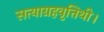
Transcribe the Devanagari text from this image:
सत्याग्रहवृत्तिथी।